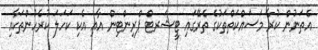
އެތަނުން ކުރާ މަސައްކަތްތަކުގެ ތެރޭގައި ޓީޝަރޓް ޕްރިންޓިން އާއި އެކި ކަހަލަ ކުރެހުންތަކާއި